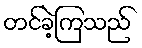
တင်ခဲ့ကြသည်